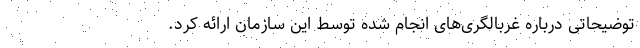
توضیحاتی درباره غربالگری‌های انجام شده توسط این سازمان ارائه کرد.